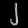
Digit: ၂